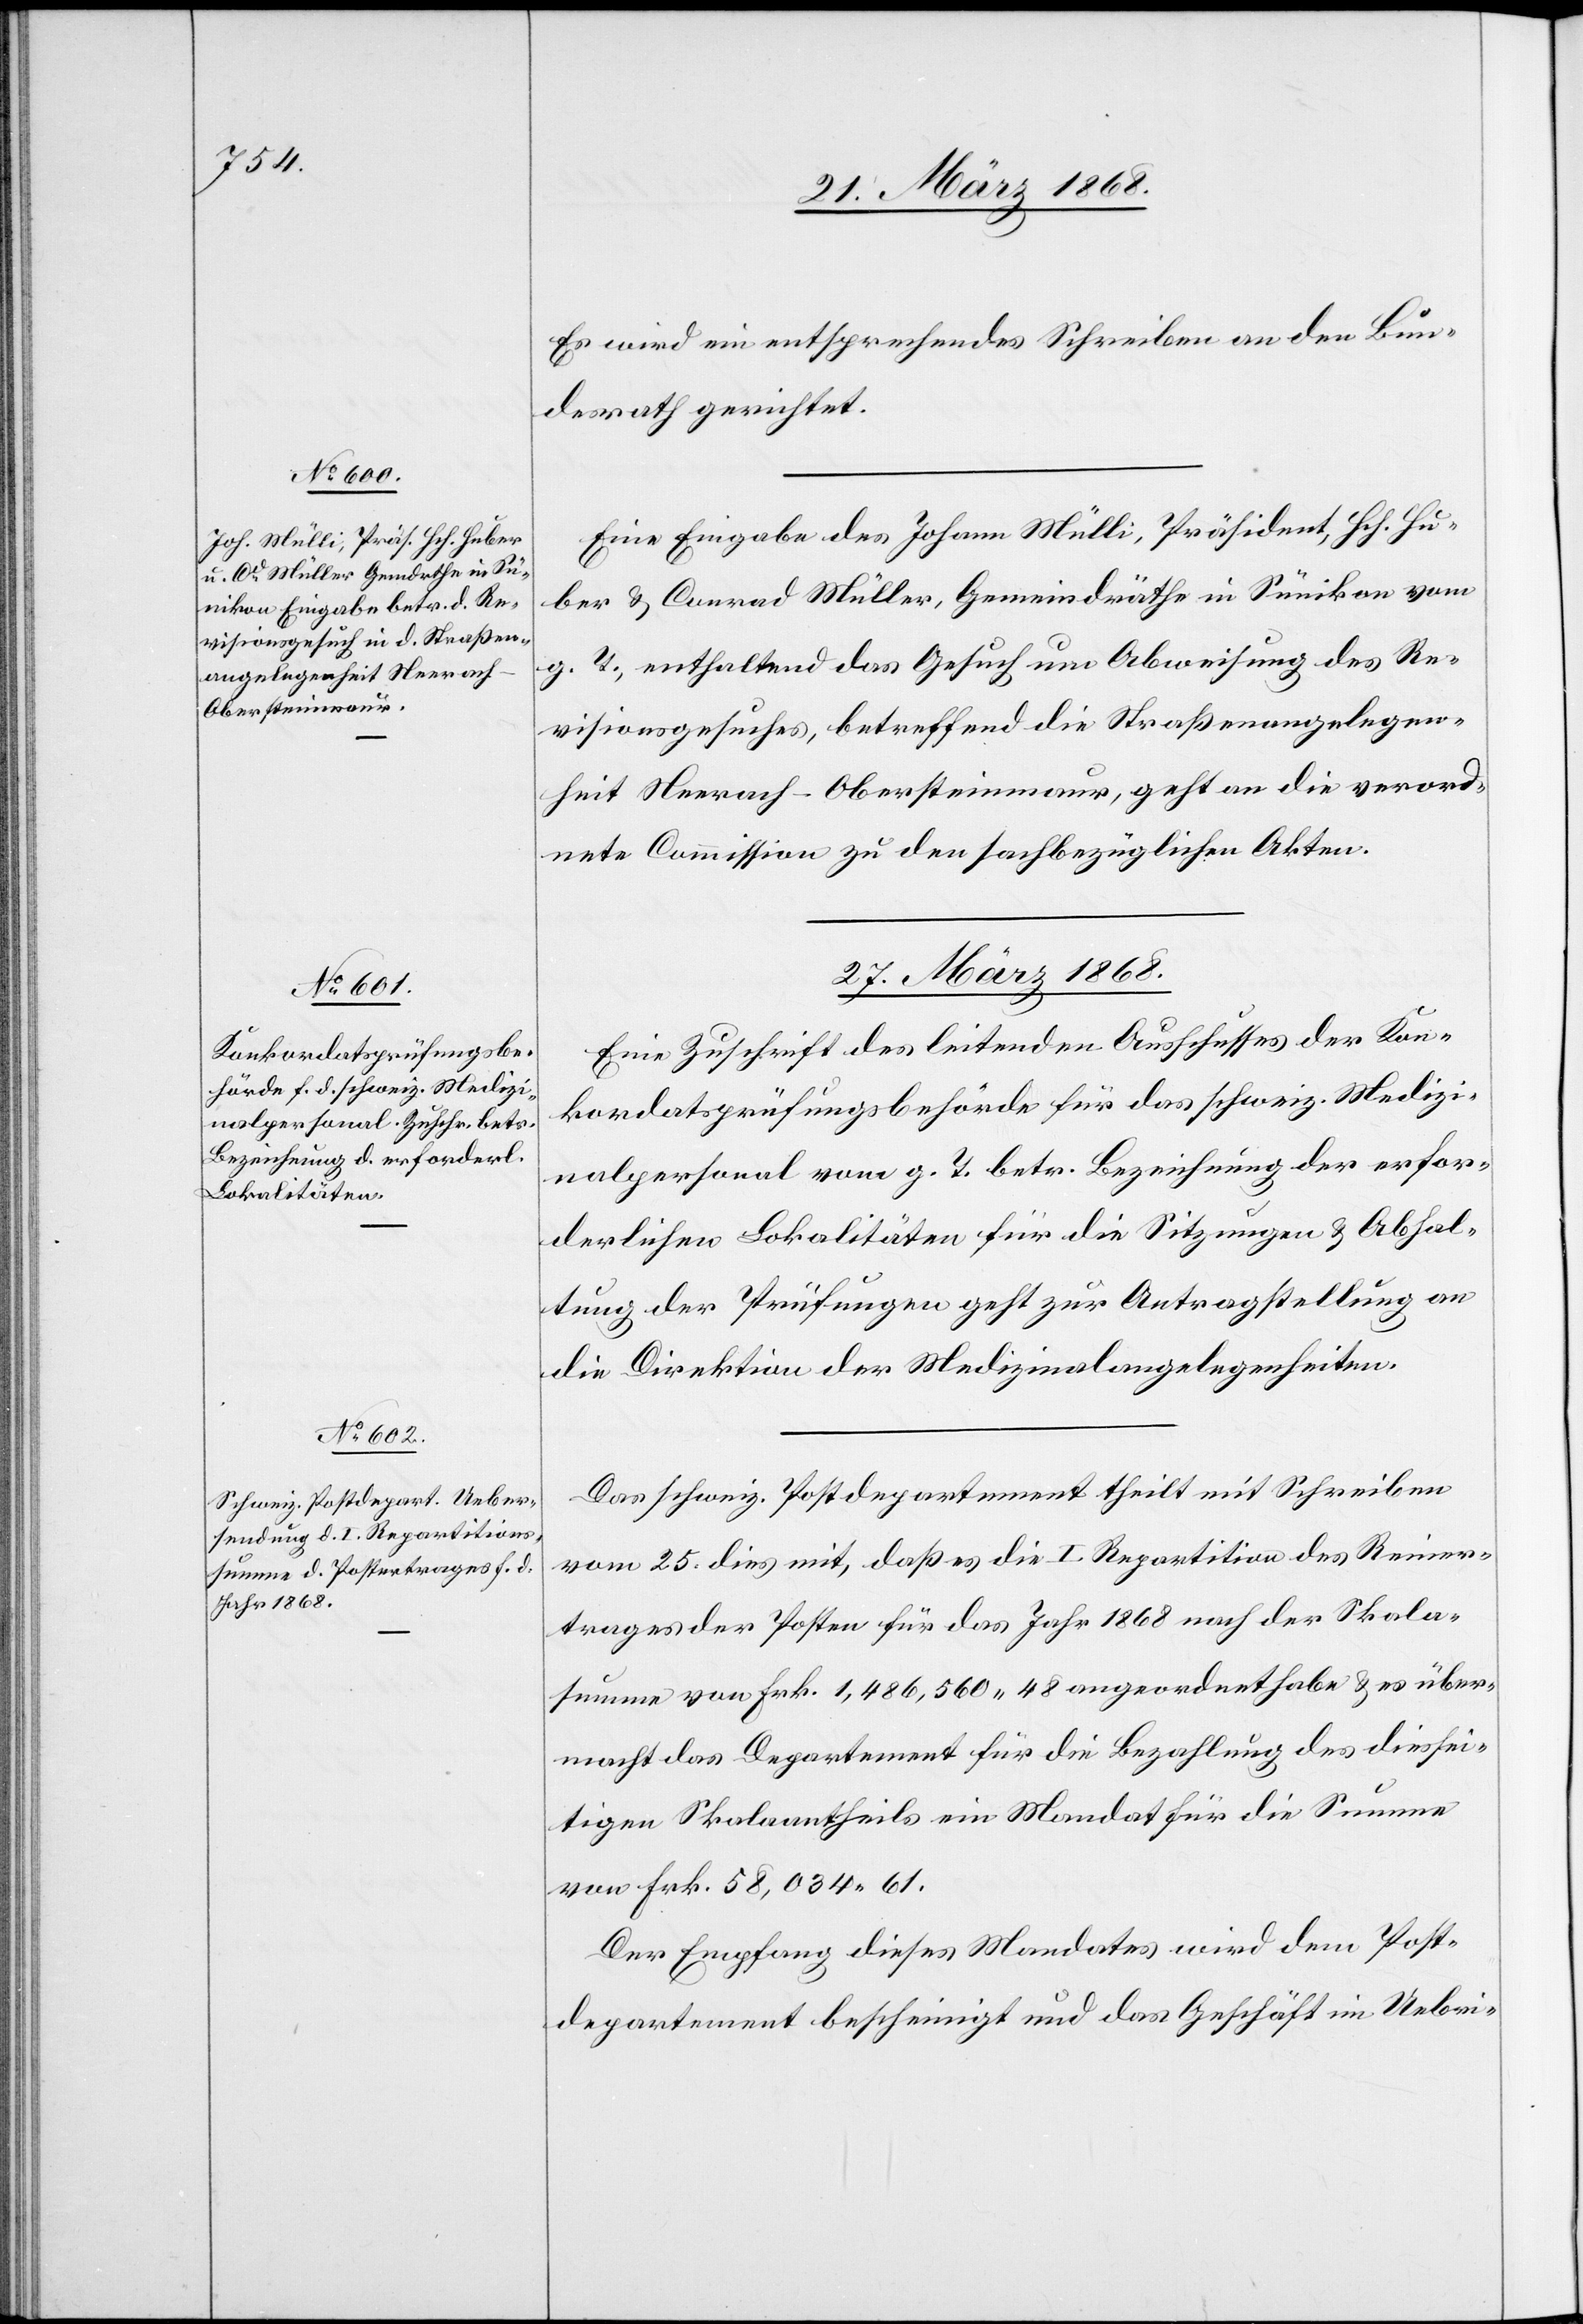
26. März 1868.]
Es wird ein entsprechendes Schreiben an den Bun¬
desrath gerichtet.
Eine Eingabe des Johann Mülli, Präsident, Hch. Hu¬
ber & Conrad Müller, Gemeindräthe in Sünikon vom
g. T., enthaltend das Gesuch um Abweisung des Re¬
visionsgesuches, betreffend die Straßenangelegen¬
heit Neerach-Obersteinmaur, geht an die verord¬
nete Commission zu den sachbezüglichen Akten.
27. März 1868.]
Eine Zuschrift des leitenden Ausschusses der Kon¬
kordatsprüfungsbehörde für das schweiz. Medizi¬
nalpersonal vom g. T. betr. Bezeichnung der erfor¬
derlichen Lokalitäten für die Sitzungen & Abhal¬
tung der Prüfungen geht zur Antragstellung an
die Direktion der Medizinalangelegenheiten.
Das schweiz. Postdepartement theilt mit Schreiben
vom 25. dies mit, daß es die I. Repartition des Reiner¬
trages der Posten für das Jahr 1868 nach der Skala¬
summe von Frk. 1,486,560. 48 angeordnet habe & es über¬
macht das Departement für die Bezahlung des diessei¬
tigen Skalaantheils ein Mandat für die Summe
von Frk. 58,034. 61.
Der Empfang dieses Mandates wird dem Post¬
departement bescheinigt und das Geschäft im Uebri-